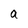
Character: a